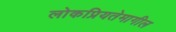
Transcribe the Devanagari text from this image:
लोकप्रियतेमागील